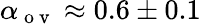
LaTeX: \alpha_{\mathrm{~o~v~}}\approx 0.6\pm 0.1